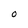
Character: O